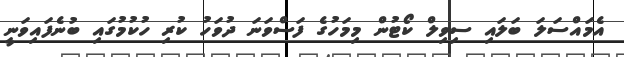
އެމައްސަލަ ބަލައި ސިވިލް ކޯޓުން މިމަހުގެ ފަސްވަނަ ދުވަހު ކުރި ހުުކުމުގައި ބުނެފައިވަނީ